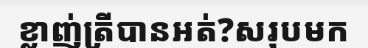
ខ្លាញ់ត្រីបានអត់?សរុបមក